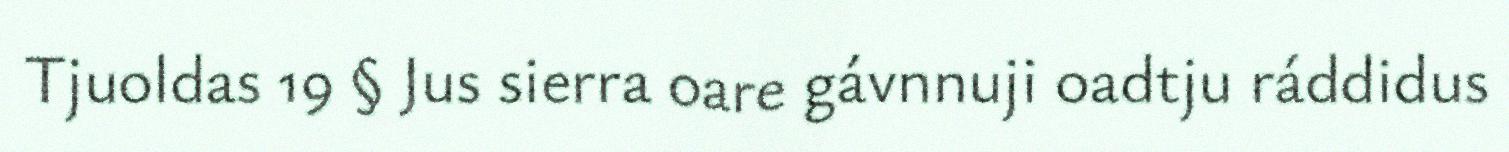
Tjuoldas 19 § Jus sierra oare gávnnuji oadtju ráddidus